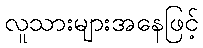
လူသားများအနေဖြင့်